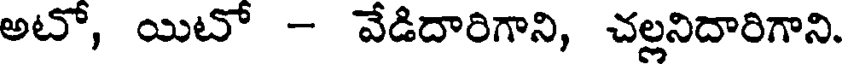
అటో, యిటో - వేడిదారిగాని, చల్లనిదారిగాని.